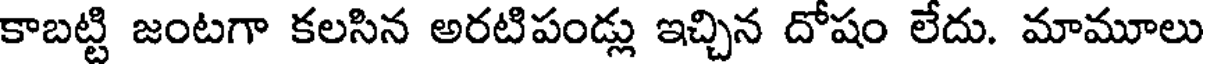
కాబట్టి జంటగా కలసిన అరటిపండ్లు ఇచ్చిన దోషం లేదు. మామూలు